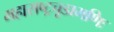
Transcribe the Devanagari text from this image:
महाराष्ट्रचूडामणिः